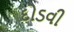
દોડવી